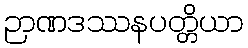
ဉာဏဒဿနပတ္တိယာ